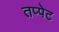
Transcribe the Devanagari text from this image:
तप्पेट